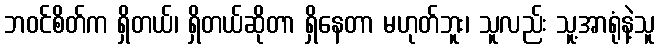
ဘဝင်စိတ်က ရှိတယ်၊ ရှိတယ်ဆိုတာ ရှိနေတာ မဟုတ်ဘူး၊ သူလည်း သူ့အာရုံနဲ့သူ